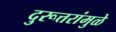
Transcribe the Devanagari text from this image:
दुरूत्तरांमुळे